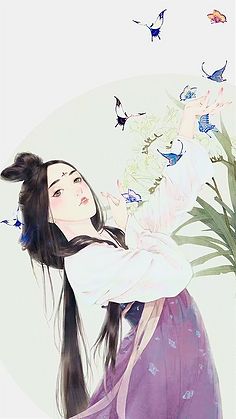
美人如花隔云端。